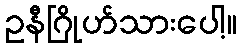
ဥနီဂြိုဟ်သားပေါ့။